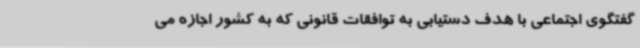
گفتگوی اجتماعی با هدف دستیابی به توافقات قانونی که به کشور اجازه می